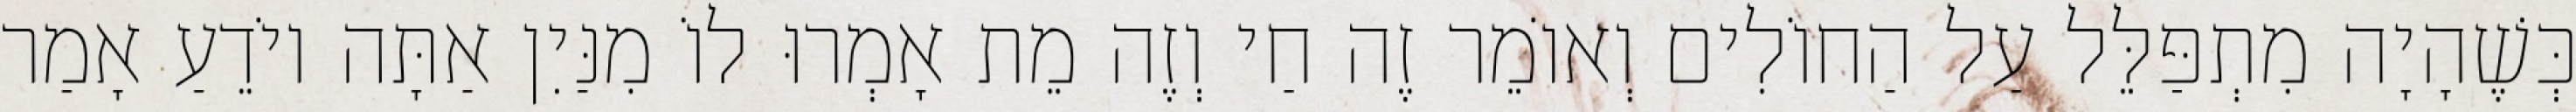
כְּשֶׁהָיָה מִתְפַּלֵּל עַל הַחוֹלִים וְאוֹמֵר זֶה חַי וְזֶה מֵת אָמְרוּ לוֹ מִנַּיִן אַתָּה יוֹדֵעַ אָמַר